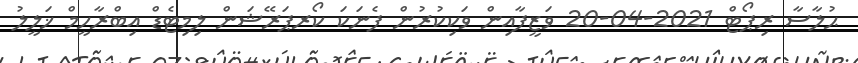
ޙުލާސާ ރިޕޯޓް 2021-04-20 ވަޒީފާއިން ވަކިކުރުން ފެނަކަ ކޯރޕަރޭޝަން ލިމިޓެޑް އިބްރާހީމް ޚަލީލު